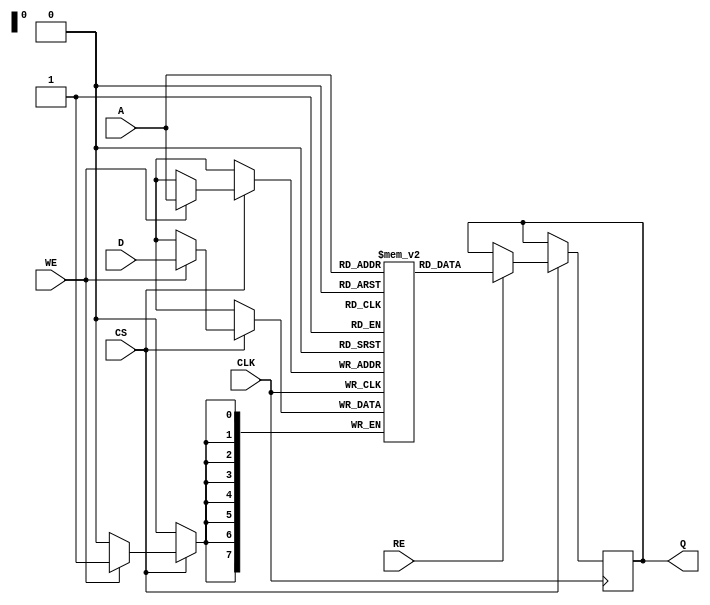
module eSRAM #(
    parameter DATA_WIDTH = 8,     // Width of data (e.g., 8-bit, 16-bit, 32-bit)
    parameter ADDR_WIDTH = 8       // Width of address for depth (2^ADDR_WIDTH)
)(
    input  wire                   CLK,      // Clock signal
    input  wire                   WE,       // Write Enable
    input  wire                   RE,       // Read Enable
    input  wire                   CS,       // Chip Select
    input  wire [ADDR_WIDTH-1:0] A,        // Address input
    input  wire [DATA_WIDTH-1:0] D,        // Data input
    output reg  [DATA_WIDTH-1:0] Q         // Data output
);

    // Memory array
    reg [DATA_WIDTH-1:0] memory_array [0:(1<<ADDR_WIDTH)-1]; // SRAM array

    // Memory operation
    always @(posedge CLK) begin
        if (CS) begin
            if (WE) begin
                // Write operation
                memory_array[A] <= D;
            end
            if (RE) begin
                // Read operation
                Q <= memory_array[A];
            end
        end
    end

endmodule